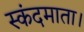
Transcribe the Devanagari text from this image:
स्कंदमाता।